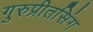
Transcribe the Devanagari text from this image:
गुरुप्रीतसिंग